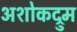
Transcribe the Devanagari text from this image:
अशोकद्रुम